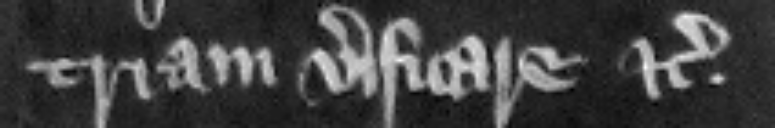
triam verificare etc.